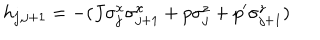
h _ { j , j + 1 } = - ( J \sigma _ { j } ^ { x } \sigma _ { j + 1 } ^ { x } + p \sigma _ { j } ^ { z } + p ^ { \prime } \sigma _ { j + 1 } ^ { z } )